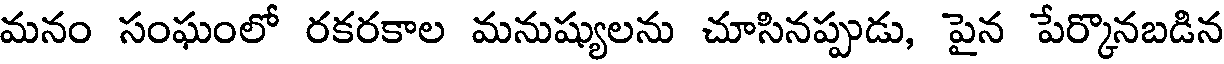
మనం సంఘంలో రకరకాల మనుష్యులను చూసినప్పుడు, పైన పేర్కొనబడిన